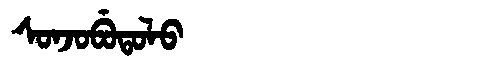
Manchu: ᠰᠣᠨᠵᠣᠪᡠᡨᠣᠯᠣ
Romanization: SONJOBUTOLO